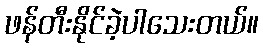
ဖန်တီးနိုင်ခဲ့ပါသေးတယ်။